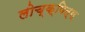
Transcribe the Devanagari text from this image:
लोच्क्पित्स्